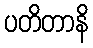
ပတိတာနိ